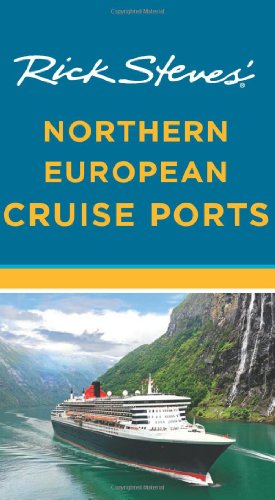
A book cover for Rick Steves' Northern European Cruise Ports; Rick Steves; Travel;